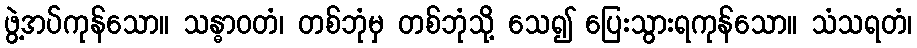
ဖွဲ့အပ်ကုန်သော။ သန္ဓာဝတံ၊ တစ်ဘုံမှ တစ်ဘုံသို့ သေ၍ ပြေးသွားရကုန်သော။ သံသရတံ၊